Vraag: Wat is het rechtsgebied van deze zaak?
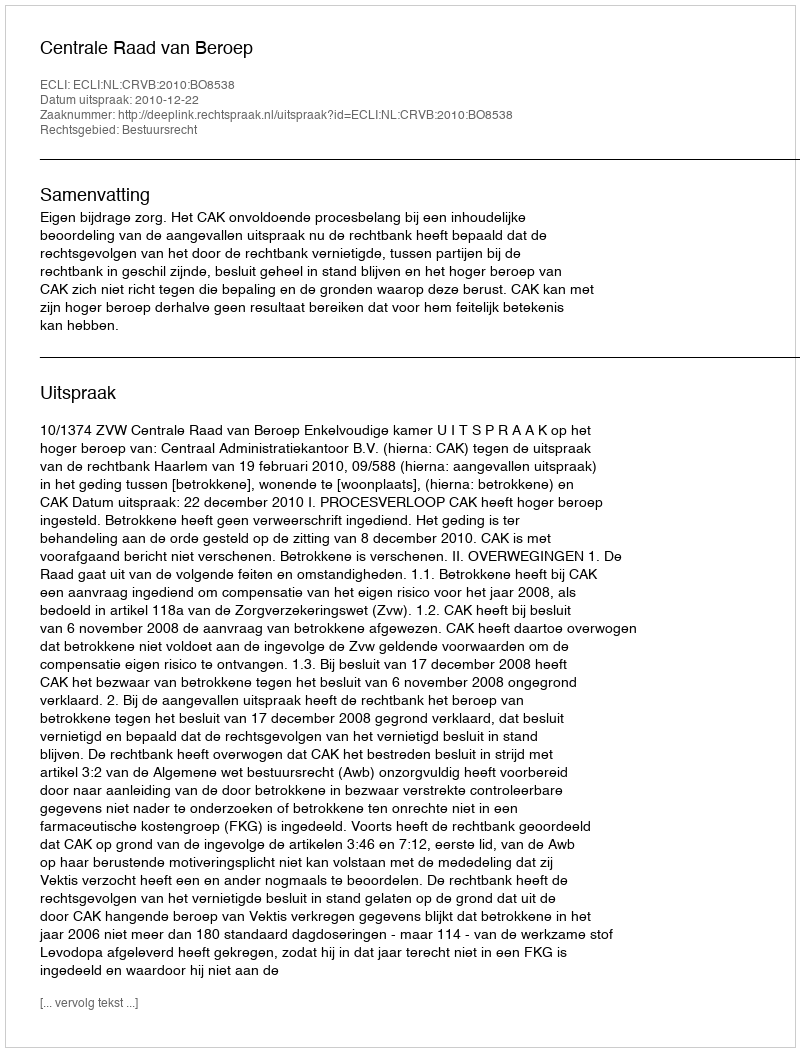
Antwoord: Bestuursrecht